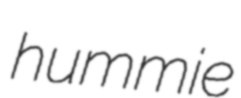
hummie